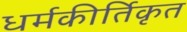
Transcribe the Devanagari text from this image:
धर्मकीर्तिकृत